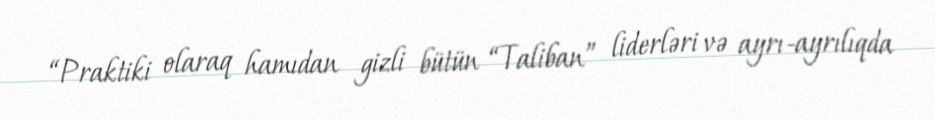
“Praktiki olaraq hamıdan gizli bütün “Taliban” liderləri və ayrı-ayrılıqda